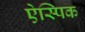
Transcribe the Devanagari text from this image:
ऐस्पिक